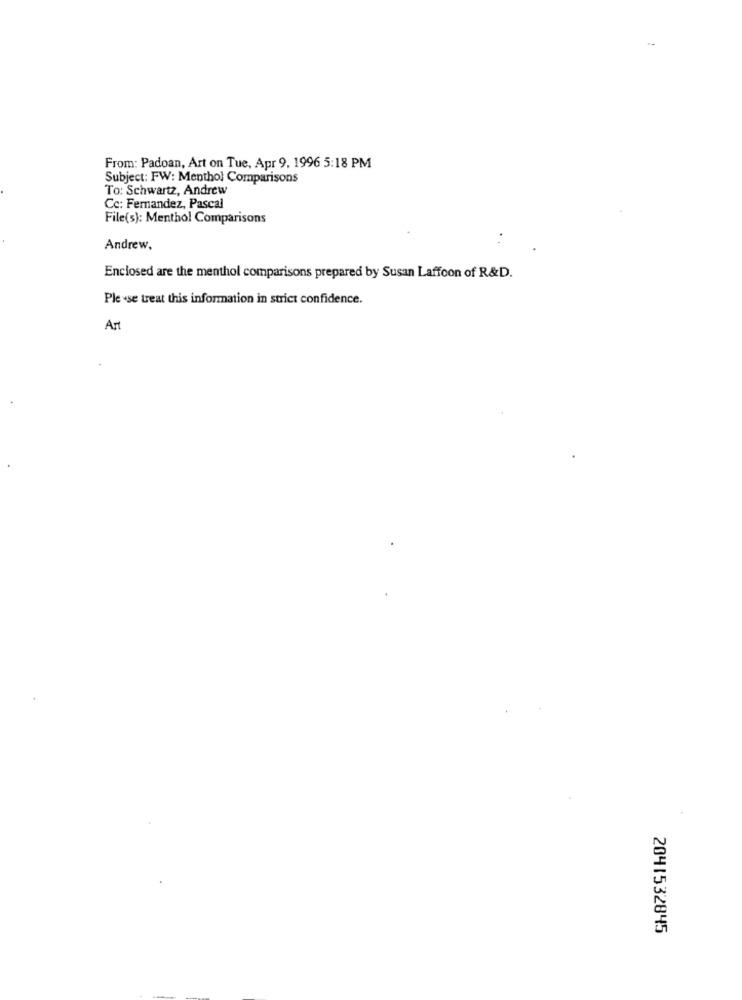
From: Padoan, Art on Tue, Apr 9. 1996 5:18 PM
Subject: FW: Menthol Comparisons
To: Schwartz, Andrew
Cc: Fernandez, Pascal
File(s): Menthol Comparisons
Andrew.
Enclosed are the menthol comparisons prepared by Susan Laffoon of R&D.
Ple -se treat this information in strict confidence.
Art
2041532845